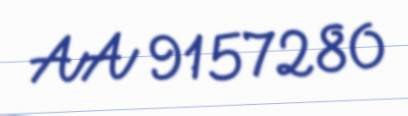
AA 9157280